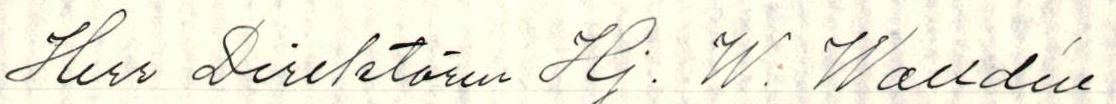
Herr Direktören Hj. W. Walldén